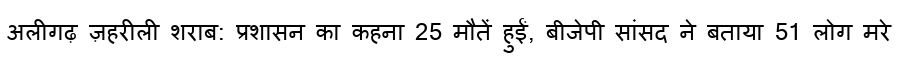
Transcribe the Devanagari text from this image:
अलीगढ़ ज़हरीली शराब: प्रशासन का कहना 25 मौतें हुईं, बीजेपी सांसद ने बताया 51 लोग मरे